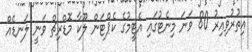
އިތުރުވިއިރު 80 ވަނަ މިނެޓުގައި އެޓީމުގެ ކެޕްޓަން ލޫކާ މޮޑްރިޗް ވަނީ ލަނޑެއް